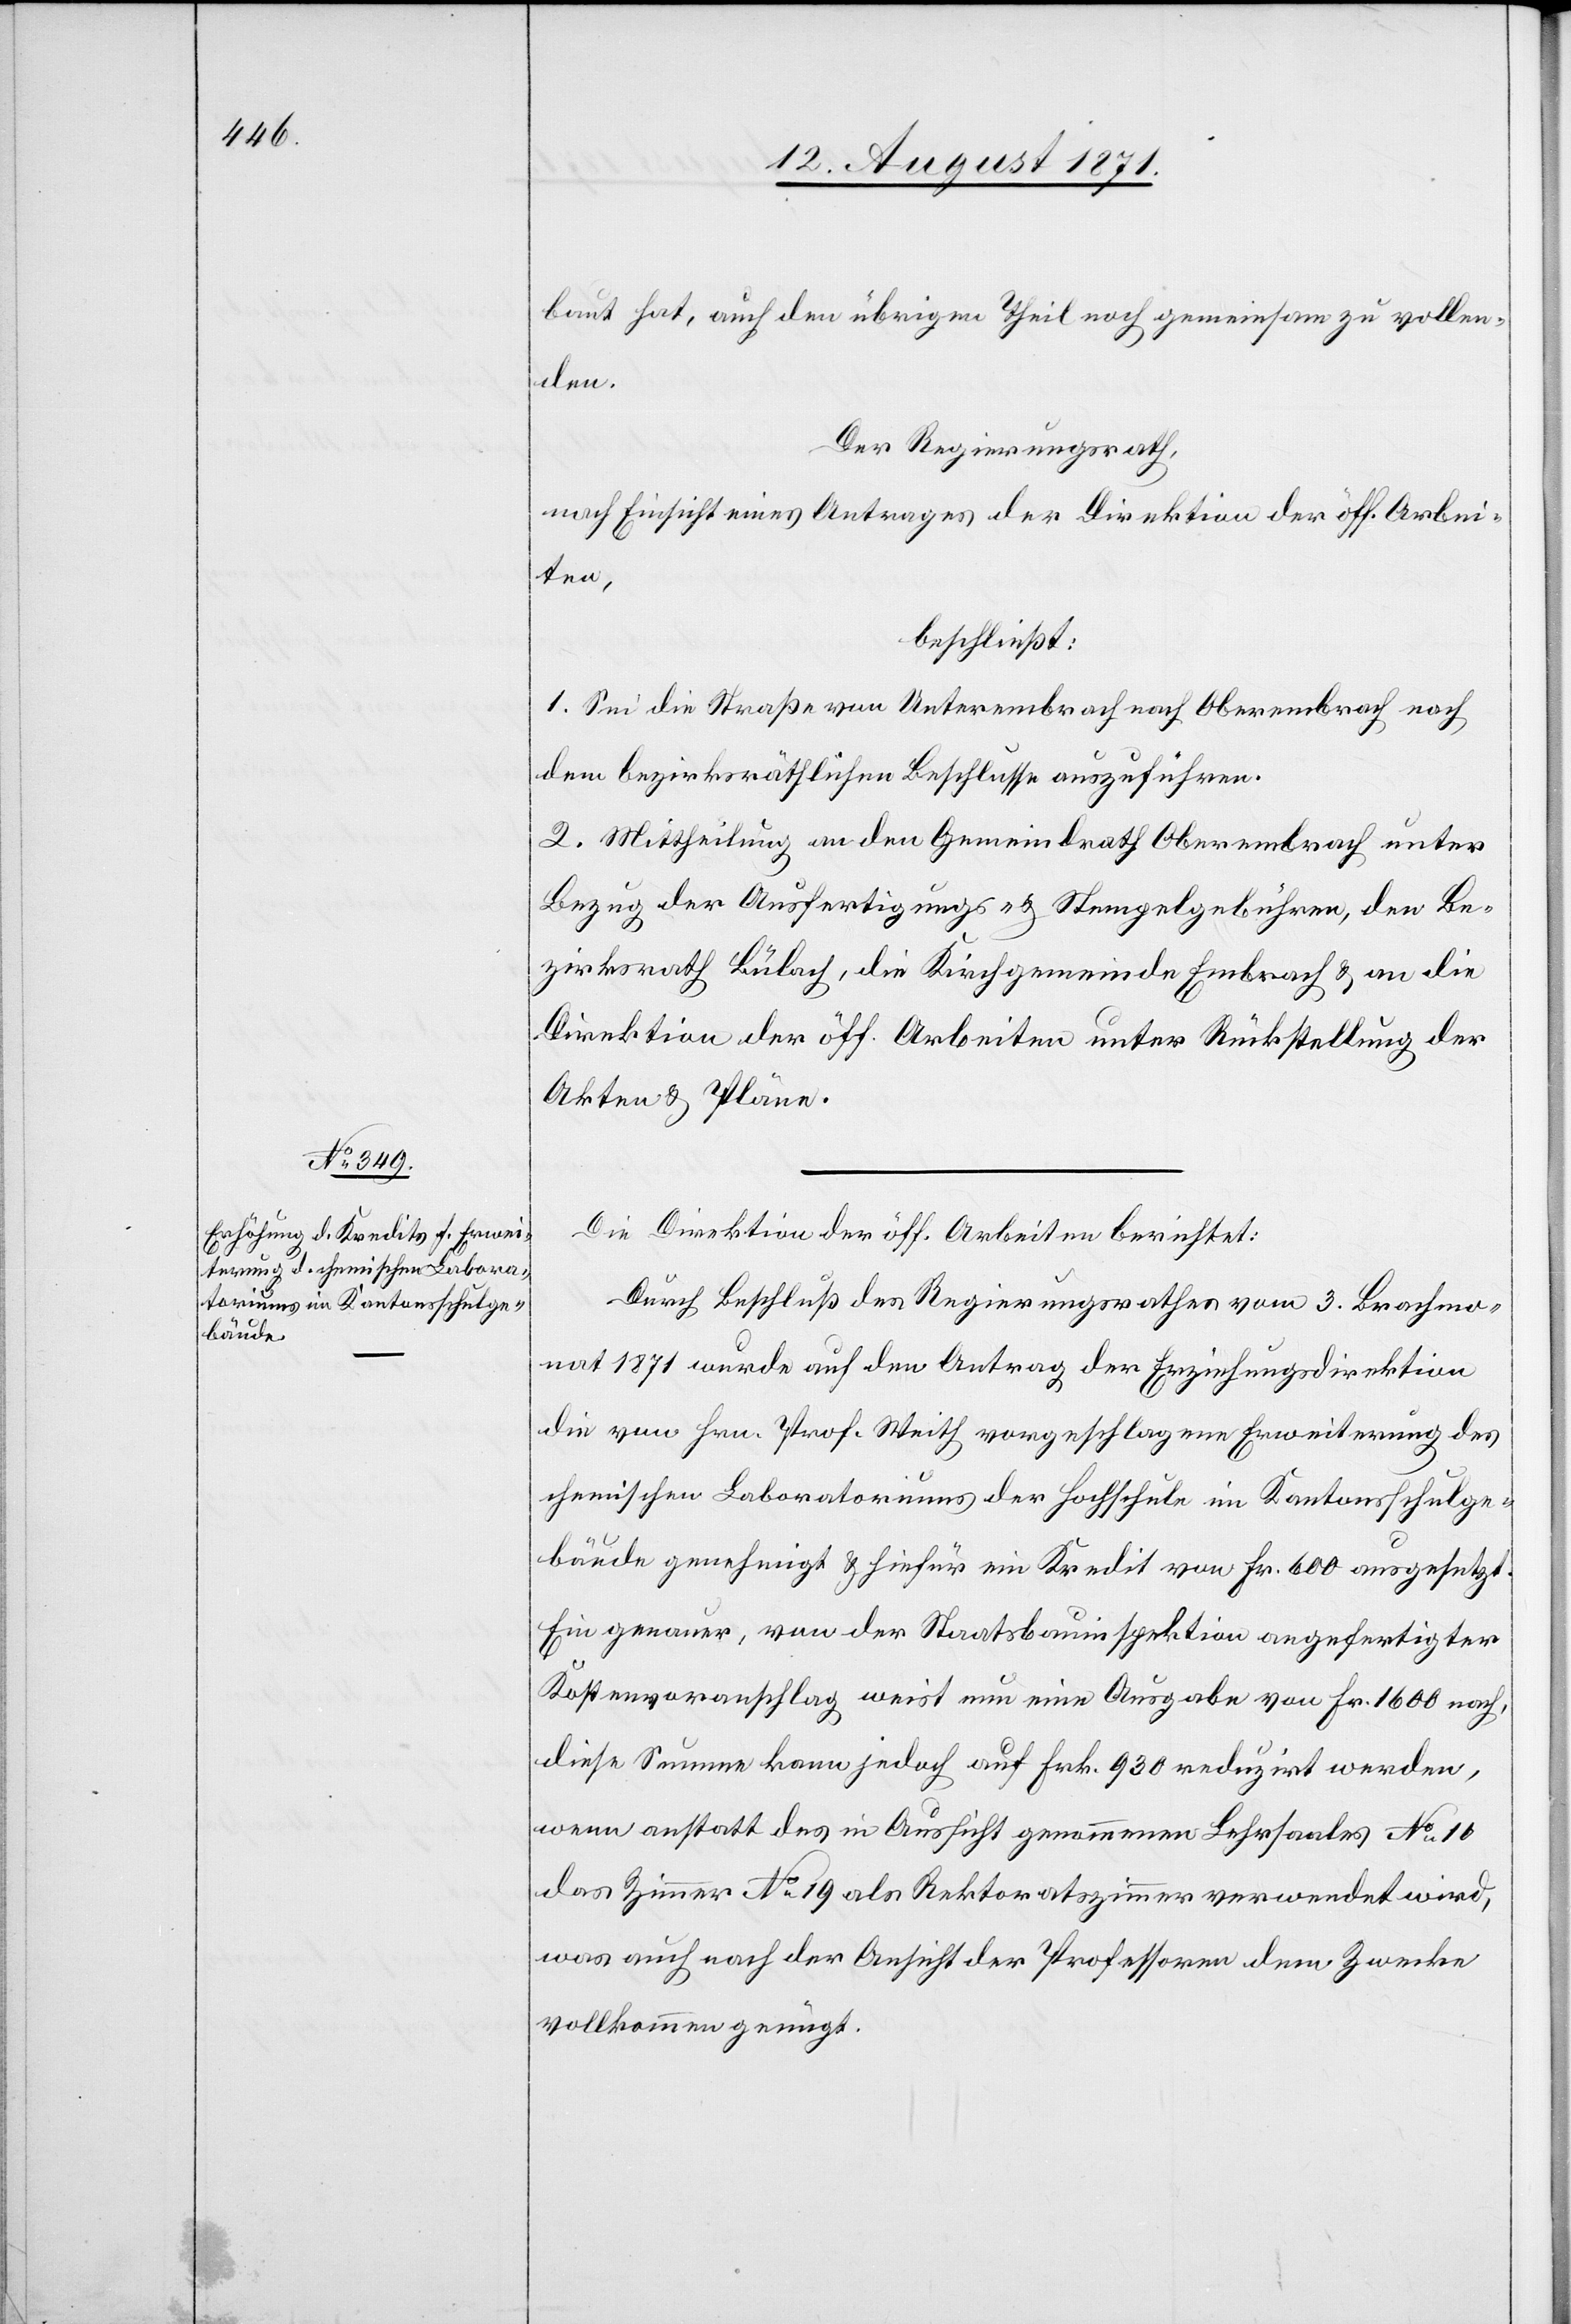
baut hat, auch den übrigen Theil noch gemeinsam zu vollen¬
den.
Der Regierungsrath,
nach Einsicht eines Antrages der Direktion der öff. Arbei¬
ten,
beschließt:
1. Sei die Straße von Unterembrach nach Oberembrach nach
dem bezirksräthlichen Beschlusse auszuführen.
2. Mittheilung an den Gemeindrath Oberembrach unter
Bezug der Ausfertigungs- u. Stempelgebühren, den Be¬
zirksrath Bülach, die Kirchgemeinde Embrach & an die
Direktion der öff. Arbeiten unter Rückstellung der
Akten & Pläne.
Die Direktion der öff. Arbeiten berichtet:
Durch Beschluß des Regierungsrathes vom 3. Brachmo¬
nat 1871 wurde auf den Antrag der Erziehungsdirektion
die vom Hrn. Prof. Weith vorgeschlagene Erweiterung des
rheinischen Laboratoriums der Hochschule im Kantonsschulge¬
bäude genehmigt & hierfür ein Kredit von Fr. 600 ausgesetzt.
Ein genauer, von der Staatsbauinspektion angefertigter
Kostenvoranschlag weist nun eine Ausgabe von Fr. 1600 nach,
diese Summe kann jedoch auf Frk. 940 reduzirt werden,
wenn anstatt des in Aussicht genommenen Lehrsaales No 10
das Zimmer No 19 als Rektoratszimmer verwendet wird,
was auch nach der Ansicht der Professoren dem Zwecke
vollkommen genügt.